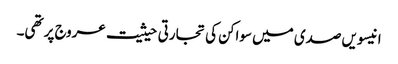
انیسویں صدی میں سواکن کی تجارتی حیثیت عروج پر تھی۔